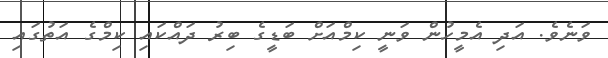
ވަނެވެ. އަދި އެމީހުން ވަނީ ކިމްއަށް ބަޑީގެ ބިރު ދައްކައި ކިމްގެ އަތުގައި